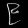
Digit: ၉